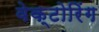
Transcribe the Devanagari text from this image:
वेक्टोरिंग